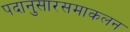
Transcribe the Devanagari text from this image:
पदानुसारसमाकलन